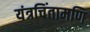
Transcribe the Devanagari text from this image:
यंत्रचिंतामणि